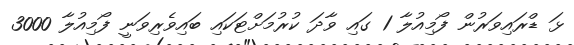
ޅަ ޑްރައިވަރުން ފޯމިއުލާ 1 ގައި ވާދަ ކުރުމަށްޓަކައި ބައިވެރިވަނީ ފޯމިއުލާ 3000